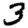
Digit: 3